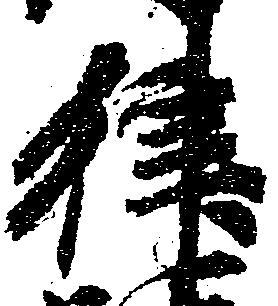
律